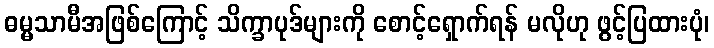
ဓမ္မသာမီအဖြစ်ကြောင့် သိက္ခာပုဒ်များကို စောင့်ရှောက်ရန် မလိုဟု ဖွင့်ပြထားပုံ၊